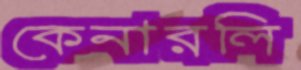
কেনারলি